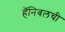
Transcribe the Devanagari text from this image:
हॅनिबलची